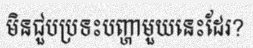
មិនជួបប្រទះបញ្ហាមួយនេះដែរ?